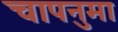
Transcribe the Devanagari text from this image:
चापनुमा